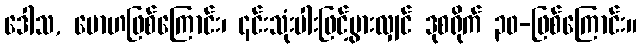
ဒေါသ, မောဟဖြစ်ကြောင်း၊ ၎င်းသုံးပါးဖြင့်ပွားလျှင် ဒုစရိုက် ၃၀-ဖြစ်ကြောင်း။